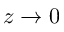
z \to 0